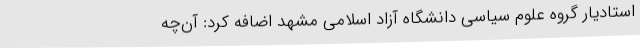
استادیار گروه علوم سیاسی دانشگاه آزاد اسلامی مشهد اضافه کرد: آن‌چه